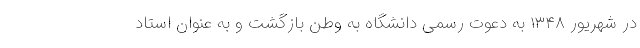
در شهریور ۱۳۴۸ به دعوت رسمی دانشگاه به وطن بازگشت و به عنوان استاد